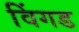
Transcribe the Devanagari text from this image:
विंगड